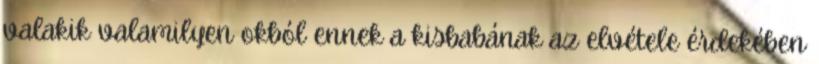
valakik valamilyen okból ennek a kisbabának az elvétele érdekében